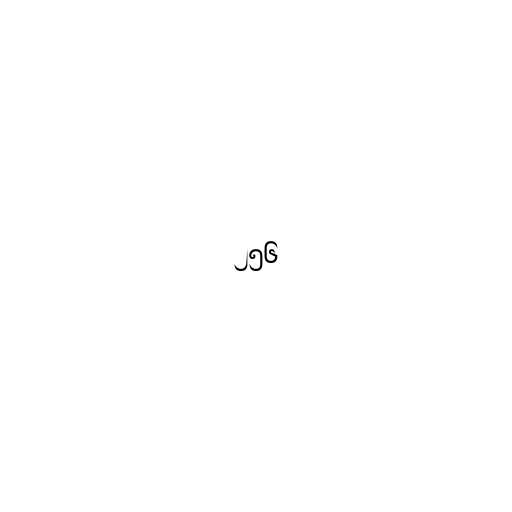
၂၅၆